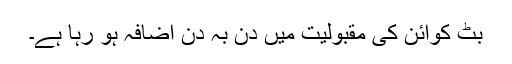
بِٹ کوائن کی مقبولیت میں دن بہ دن اضافہ ہو رہا ہے۔